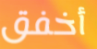
أخفق